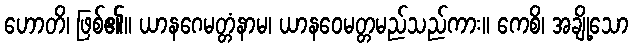
ဟောတိ၊ ဖြစ်၏။ ယာနဂေမတ္တံနာမ၊ ယာနဝေမတ္တမည်သည်ကား။ ကေစိ၊ အချို့သော